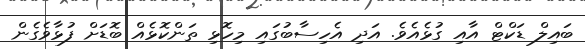
ބައިލް ޑަކްޓް އާއި ގުޅެއެވެ. އަދި އެހިސާބުގައި މިހޮޅި ތަންކޮޅެއް ބޮޑަށް ފުޅާވެގެން